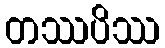
တဿပိဿ